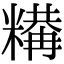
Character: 𥼉